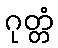
ဂုတ္တံ